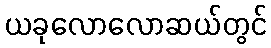
ယခုလောလောဆယ်တွင်